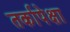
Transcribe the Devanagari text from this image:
तर्कापेक्षा